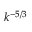
k ^ { - 5 / 3 }